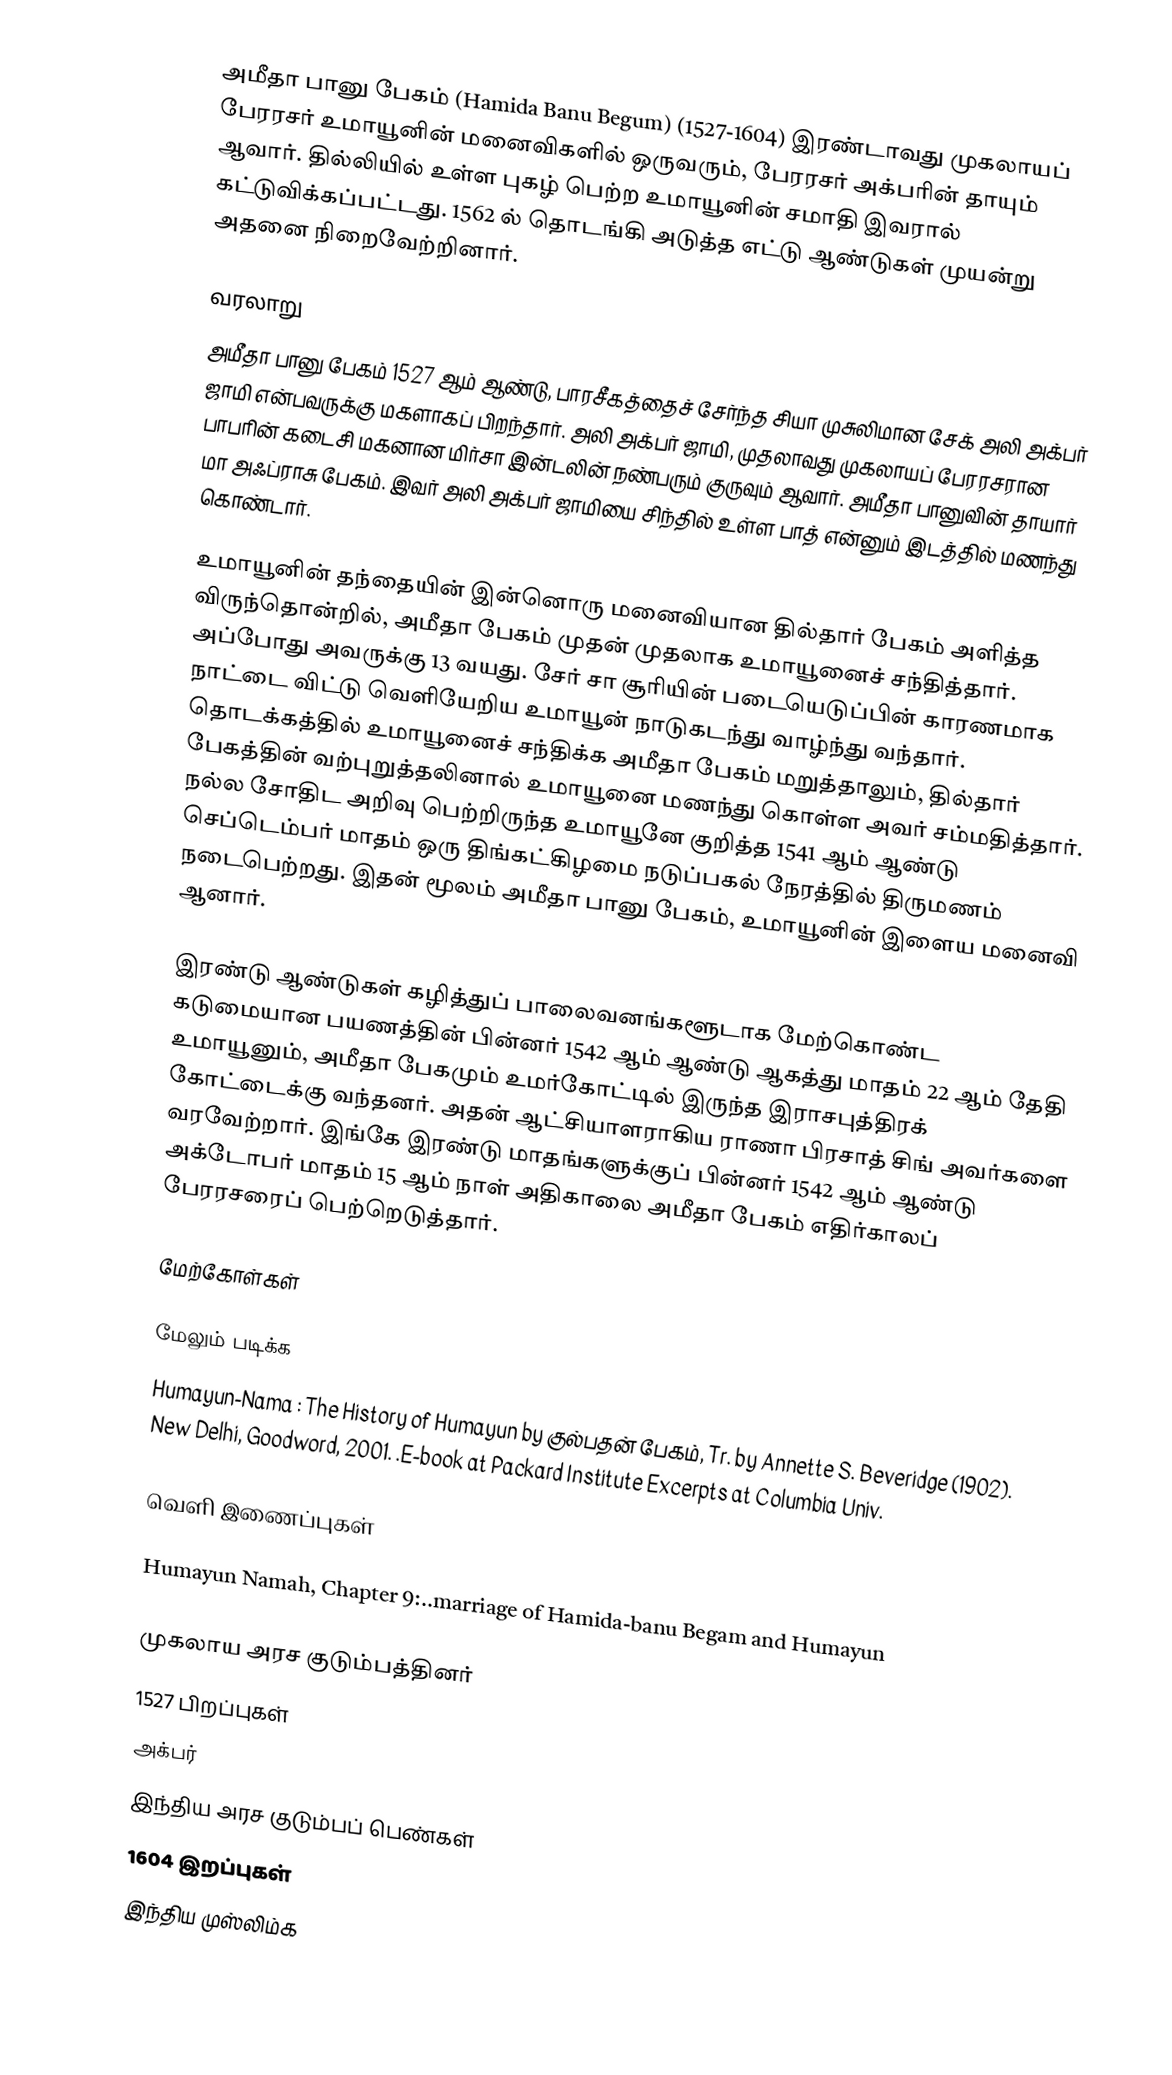
அமீதா பானு பேகம் (Hamida Banu Begum) (1527-1604) இரண்டாவது முகலாயப் பேரரசர் உமாயூனின் மனைவிகளில் ஒருவரும், பேரரசர் அக்பரின் தாயும் ஆவார். தில்லியில் உள்ள புகழ் பெற்ற உமாயூனின் சமாதி இவரால் கட்டுவிக்கப்பட்டது. 1562 ல் தொடங்கி அடுத்த எட்டு ஆண்டுகள் முயன்று அதனை நிறைவேற்றினார்.

வரலாறு
அமீதா பானு பேகம் 1527 ஆம் ஆண்டு, பாரசீகத்தைச் சேர்ந்த சியா முசுலிமான சேக் அலி அக்பர் ஜாமி என்பவருக்கு மகளாகப் பிறந்தார். அலி அக்பர் ஜாமி, முதலாவது முகலாயப் பேரரசரான பாபரின் கடைசி மகனான மிர்சா இன்டலின் நண்பரும் குருவும் ஆவார். அமீதா பானுவின் தாயார் மா அஃப்ராசு பேகம். இவர் அலி அக்பர் ஜாமியை சிந்தில் உள்ள பாத் என்னும் இடத்தில் மணந்து கொண்டார்.

உமாயூனின் தந்தையின் இன்னொரு மனைவியான தில்தார் பேகம் அளித்த விருந்தொன்றில், அமீதா பேகம் முதன் முதலாக உமாயூனைச் சந்தித்தார். அப்போது அவருக்கு 13 வயது. சேர் சா சூரியின் படையெடுப்பின் காரணமாக நாட்டை விட்டு வெளியேறிய உமாயூன் நாடுகடந்து வாழ்ந்து வந்தார். தொடக்கத்தில் உமாயூனைச் சந்திக்க அமீதா பேகம் மறுத்தாலும், தில்தார் பேகத்தின் வற்புறுத்தலினால் உமாயூனை மணந்து கொள்ள அவர் சம்மதித்தார். நல்ல சோதிட அறிவு பெற்றிருந்த உமாயூனே குறித்த 1541 ஆம் ஆண்டு செப்டெம்பர் மாதம் ஒரு திங்கட்கிழமை நடுப்பகல் நேரத்தில் திருமணம் நடைபெற்றது. இதன் மூலம் அமீதா பானு பேகம், உமாயூனின் இளைய மனைவி ஆனார்.

இரண்டு ஆண்டுகள் கழித்துப் பாலைவனங்களூடாக மேற்கொண்ட கடுமையான பயணத்தின் பின்னர் 1542 ஆம் ஆண்டு ஆகத்து மாதம் 22 ஆம் தேதி உமாயூனும், அமீதா பேகமும் உமர்கோட்டில் இருந்த இராசபுத்திரக் கோட்டைக்கு வந்தனர். அதன் ஆட்சியாளராகிய ராணா பிரசாத் சிங் அவர்களை வரவேற்றார். இங்கே இரண்டு மாதங்களுக்குப் பின்னர் 1542 ஆம் ஆண்டு அக்டோபர் மாதம் 15 ஆம் நாள் அதிகாலை அமீதா பேகம் எதிர்காலப் பேரரசரைப் பெற்றெடுத்தார்.

மேற்கோள்கள்

மேலும் படிக்க
 Humayun-Nama : The History of Humayun by குல்பதன் பேகம், Tr. by Annette S. Beveridge (1902). New Delhi, Goodword, 2001. .E-book at Packard Institute Excerpts at Columbia Univ.

வெளி இணைப்புகள்

 Humayun Namah, Chapter 9:..marriage of Hamida-banu Begam and Humayun

முகலாய அரச குடும்பத்தினர்
1527 பிறப்புகள்
அக்பர்
இந்திய அரச குடும்பப் பெண்கள்
1604 இறப்புகள்
இந்திய முஸ்லிம்க